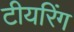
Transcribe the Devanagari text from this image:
टीयरिंग